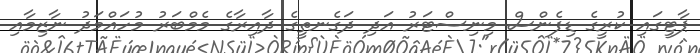
ޕާޓީގައި ކުރީގެ ޑިފެންސް މިނިސްޓަރު އަދި ދަގެނތީގެ ދާއިރާގެ މެމްބަރު މުހައްމަދު ނާޒިމާއި